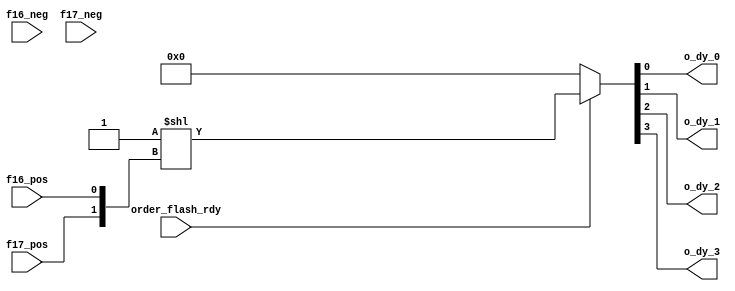
/* First-level Order Decoder Unit. Two most significant opcode bits are used 
 * to select one of the four second-level Order Decoder Units. Outputs from 
 * second-level Order Decoder Units are directly routed to Order Coder.
 * 
 * TODO: f16_neg and f17_neg are unused below but the original machine 
 *       made use of it. (Should it be kept around?)
 */

module order_decoder1
  (output wire o_dy_0,
   output wire o_dy_1,
   output wire o_dy_2,
   output wire o_dy_3,

   input wire f16_pos, // Order bit 16 (opcode bit 3). From Order Flashing Unit.
   input wire f16_neg,
   input wire f17_pos, // Order bit 17 (opcode bit 4), most significant. From Order Flashing Unit.
   input wire f17_neg,
   input wire order_flash_rdy // Indicates Order Flashing flipflops are set.
  );

   wire [1:0] count = {f17_pos, f16_pos};

   assign {o_dy_3, o_dy_2, o_dy_1, o_dy_0} = order_flash_rdy ? (4'b0001 << count[1:0]) : 4'b0000;

endmodule